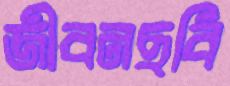
জীবনছবি